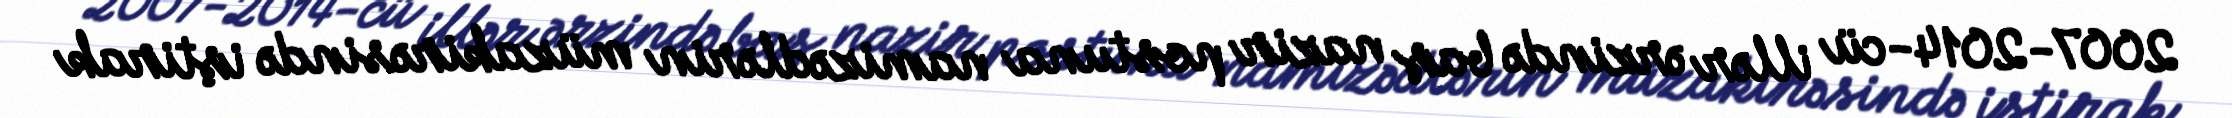
2007-2014-cü illər ərzində baş nazir postuna namizədlərin müzakirəsində iştirak